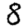
Digit: 8